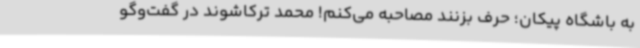
به باشگاه پیکان؛ حرف بزنند مصاحبه می‌کنم! محمد ترکاشوند در گفت‌وگو